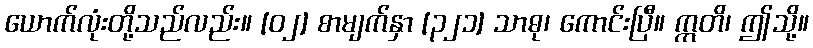
ယောက်လုံးတို့သည်လည်း။ [၀၂] စာမျက်နှာ [၃၂၁] သာဓု၊ ကောင်းပြီ။ ဣတိ၊ ဤသို့။